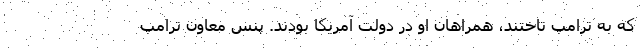
که به ترامپ تاختند، همراهان او در دولت آمریکا بودند. پنس معاون ترامپ